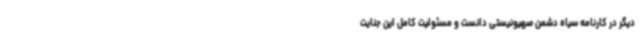
دیگر در کارنامه سیاه دشمن صهیونیستی دانست و مسئولیت کامل این جنایت